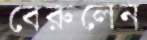
বেরুলেন